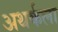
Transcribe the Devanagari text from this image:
अथर्कला